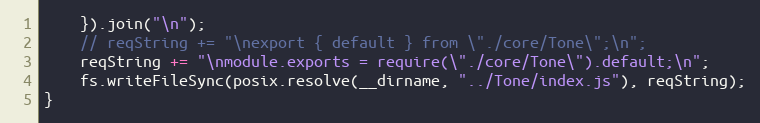
Language: JavaScript
	}).join("\n");
	// reqString += "\nexport { default } from \"./core/Tone\";\n";
	reqString += "\nmodule.exports = require(\"./core/Tone\").default;\n";
	fs.writeFileSync(posix.resolve(__dirname, "../Tone/index.js"), reqString);
}